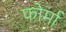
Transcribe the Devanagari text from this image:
फोर्मा